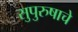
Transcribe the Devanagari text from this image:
सुपुरुषाचे